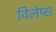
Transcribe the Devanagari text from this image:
विलेम्स